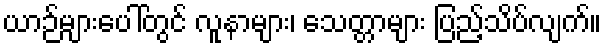
ယာဉ်များပေါ်တွင် လူနာများ၊ သေတ္တာများ ပြည့်သိပ်လျက်။